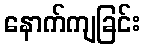
နောက်ကျခြင်း